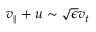
v _ { \parallel } + u \sim \sqrt { \epsilon } v _ { t }